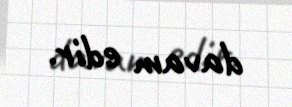
davam edir.